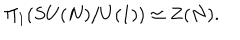
\Pi _ { 1 } ( S U ( N ) / U ( 1 ) ) \simeq { \bf Z } ( N ) .